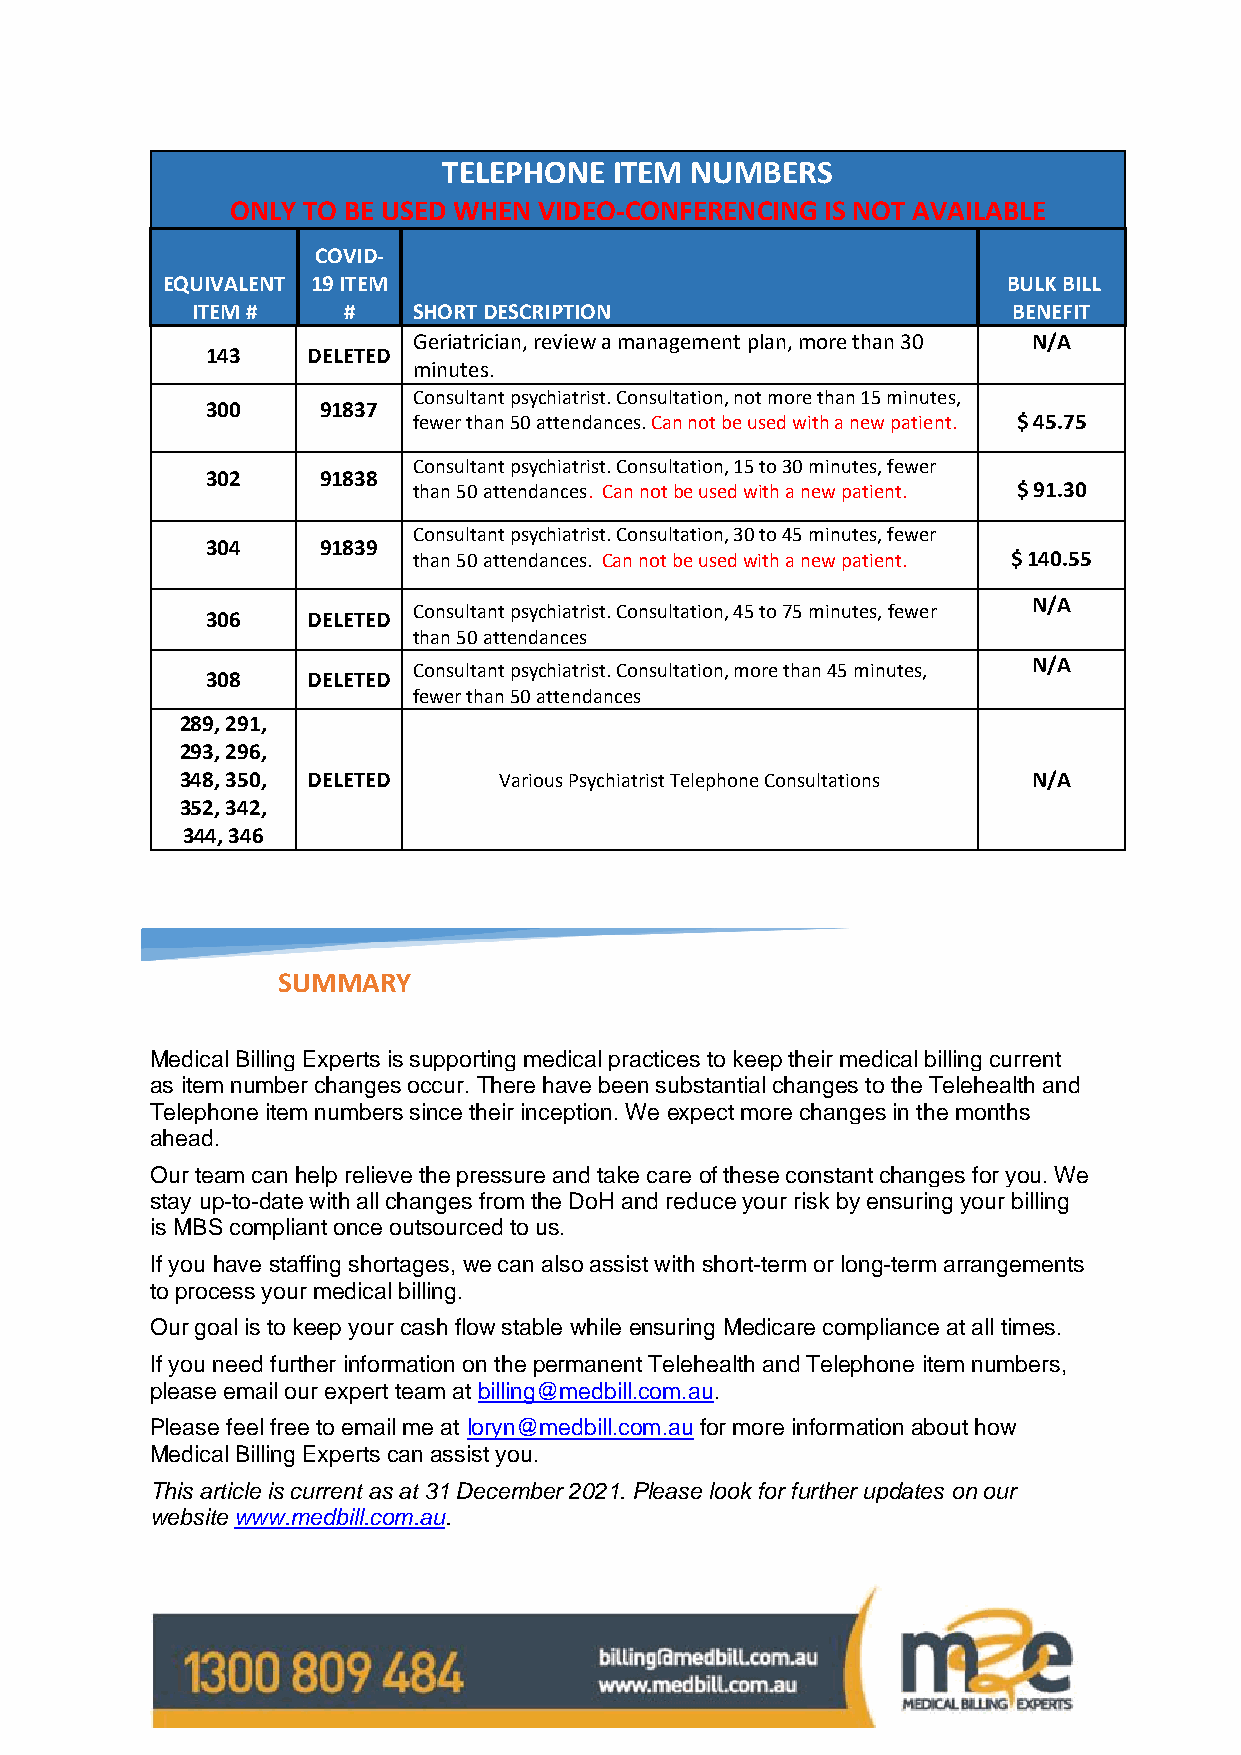
TELEPHONE   ITEM NUMBERS
 ONLY TO BE USED WHEN VIDEO-CONFERENCING IS NOT AVAILABLE
 COVID-
 EQUIVALENT 19 ITEM                                      BULK BILL
 ITEM #    #   SHORT DESCRIPTION                       BENEFIT
 Geriatrician, review a management plan, more than 30 N/A
 143   DELETED
 minutes.
 Consultant psychiatrist. Consultation, not more than 15 minutes,
 300    91837
 fewer than 50 attendances. Can not be used with a new patient. $ 45.75
 Consultant psychiatrist. Consultation, 15 to 30 minutes, fewer
 302    91838
 than 50 attendances. Can not be used with a new patient. $ 91.30
 Consultant psychiatrist. Consultation, 30 to 45 minutes, fewer
 304    91839
 than 50 attendances. Can not be used with a new patient. $ 140.55
 N/A
 Consultant psychiatrist. Consultation, 45 to 75 minutes, fewer
 306   DELETED
 than 50 attendances
 N/A
 Consultant psychiatrist. Consultation, more than 45 minutes,
 308   DELETED
 fewer than 50 attendances
 289, 291,
 293, 296,
 348, 350, DELETED    Various Psychiatrist Telephone Consultations N/A
 352, 342,
 344, 346
 SUMMARY
 Medical Billing Experts is supporting medical practices to keep their medical billing current
 as item number changes occur. There have been substantial changes to the Telehealth and
 Telephone item numbers since their inception. We expect more changes in the months
 ahead.
 Our team can help relieve the pressure and take care of these constant changes for you. We
 stay up-to-date with all changes from the DoH and reduce your risk by ensuring your billing
 is MBS compliant once outsourced to us.
 If you have staffing shortages, we can also assist with short-term or long-term arrangements
 to process your medical billing.
 Our goal is to keep your cash flow stable while ensuring Medicare compliance at all times.
 If you need further information on the permanent Telehealth and Telephone item numbers,
 please email our expert team at billing@medbill.com.au.
 Please feel free to email me at loryn@medbill.com.au for more information about how
 Medical Billing Experts can assist you.
 This article is current as at 31 December 2021. Please look for further updates on our
 website www.medbill.com.au.